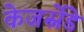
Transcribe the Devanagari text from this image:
केजर्स्नेडे